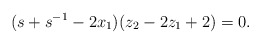
\begin{align*} (s+s^{-1} - 2 x_1)(z_2 - 2 z_1 + 2) = 0. \end{align*}